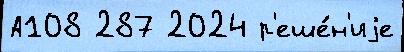
А108 287 2024 р'еше́н'иjе